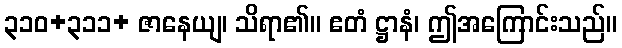
၃၁၀+၃၁၁+ ဇာနေယျ၊ သိရာ၏။ ဧတံ ဋ္ဌာနံ၊ ဤအကြောင်းသည်။